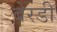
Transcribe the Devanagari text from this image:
बेरडी